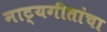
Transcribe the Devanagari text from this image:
नाट्यगीतांचा